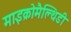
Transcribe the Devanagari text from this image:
माइक्रोमैल्थिडी